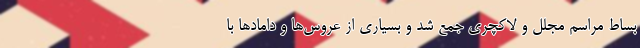
بساط مراسم مجلل و لاکچری جمع شد و بسیاری از عروس‌ها و دامادها با